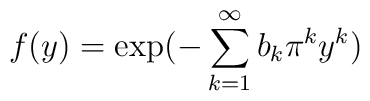
f(y) = \exp(- \sum^{\infty}_{k=1}b_k \pi^k y^k)